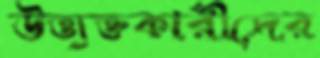
উত্ত্যক্তকারীদের